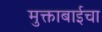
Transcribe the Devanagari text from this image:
मुक्ताबाईचा